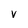
Character: V